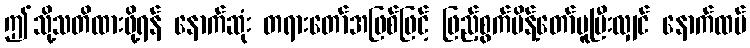
ဤသို့သတိထားဖို့ရန် နောက်ဆုံး တရားတော်အဖြစ်ဖြင့် ဖြည့်စွက်မိန့်တော်မူပြီးလျှင် နောက်ထပ်